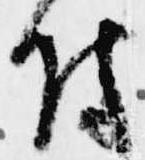
付